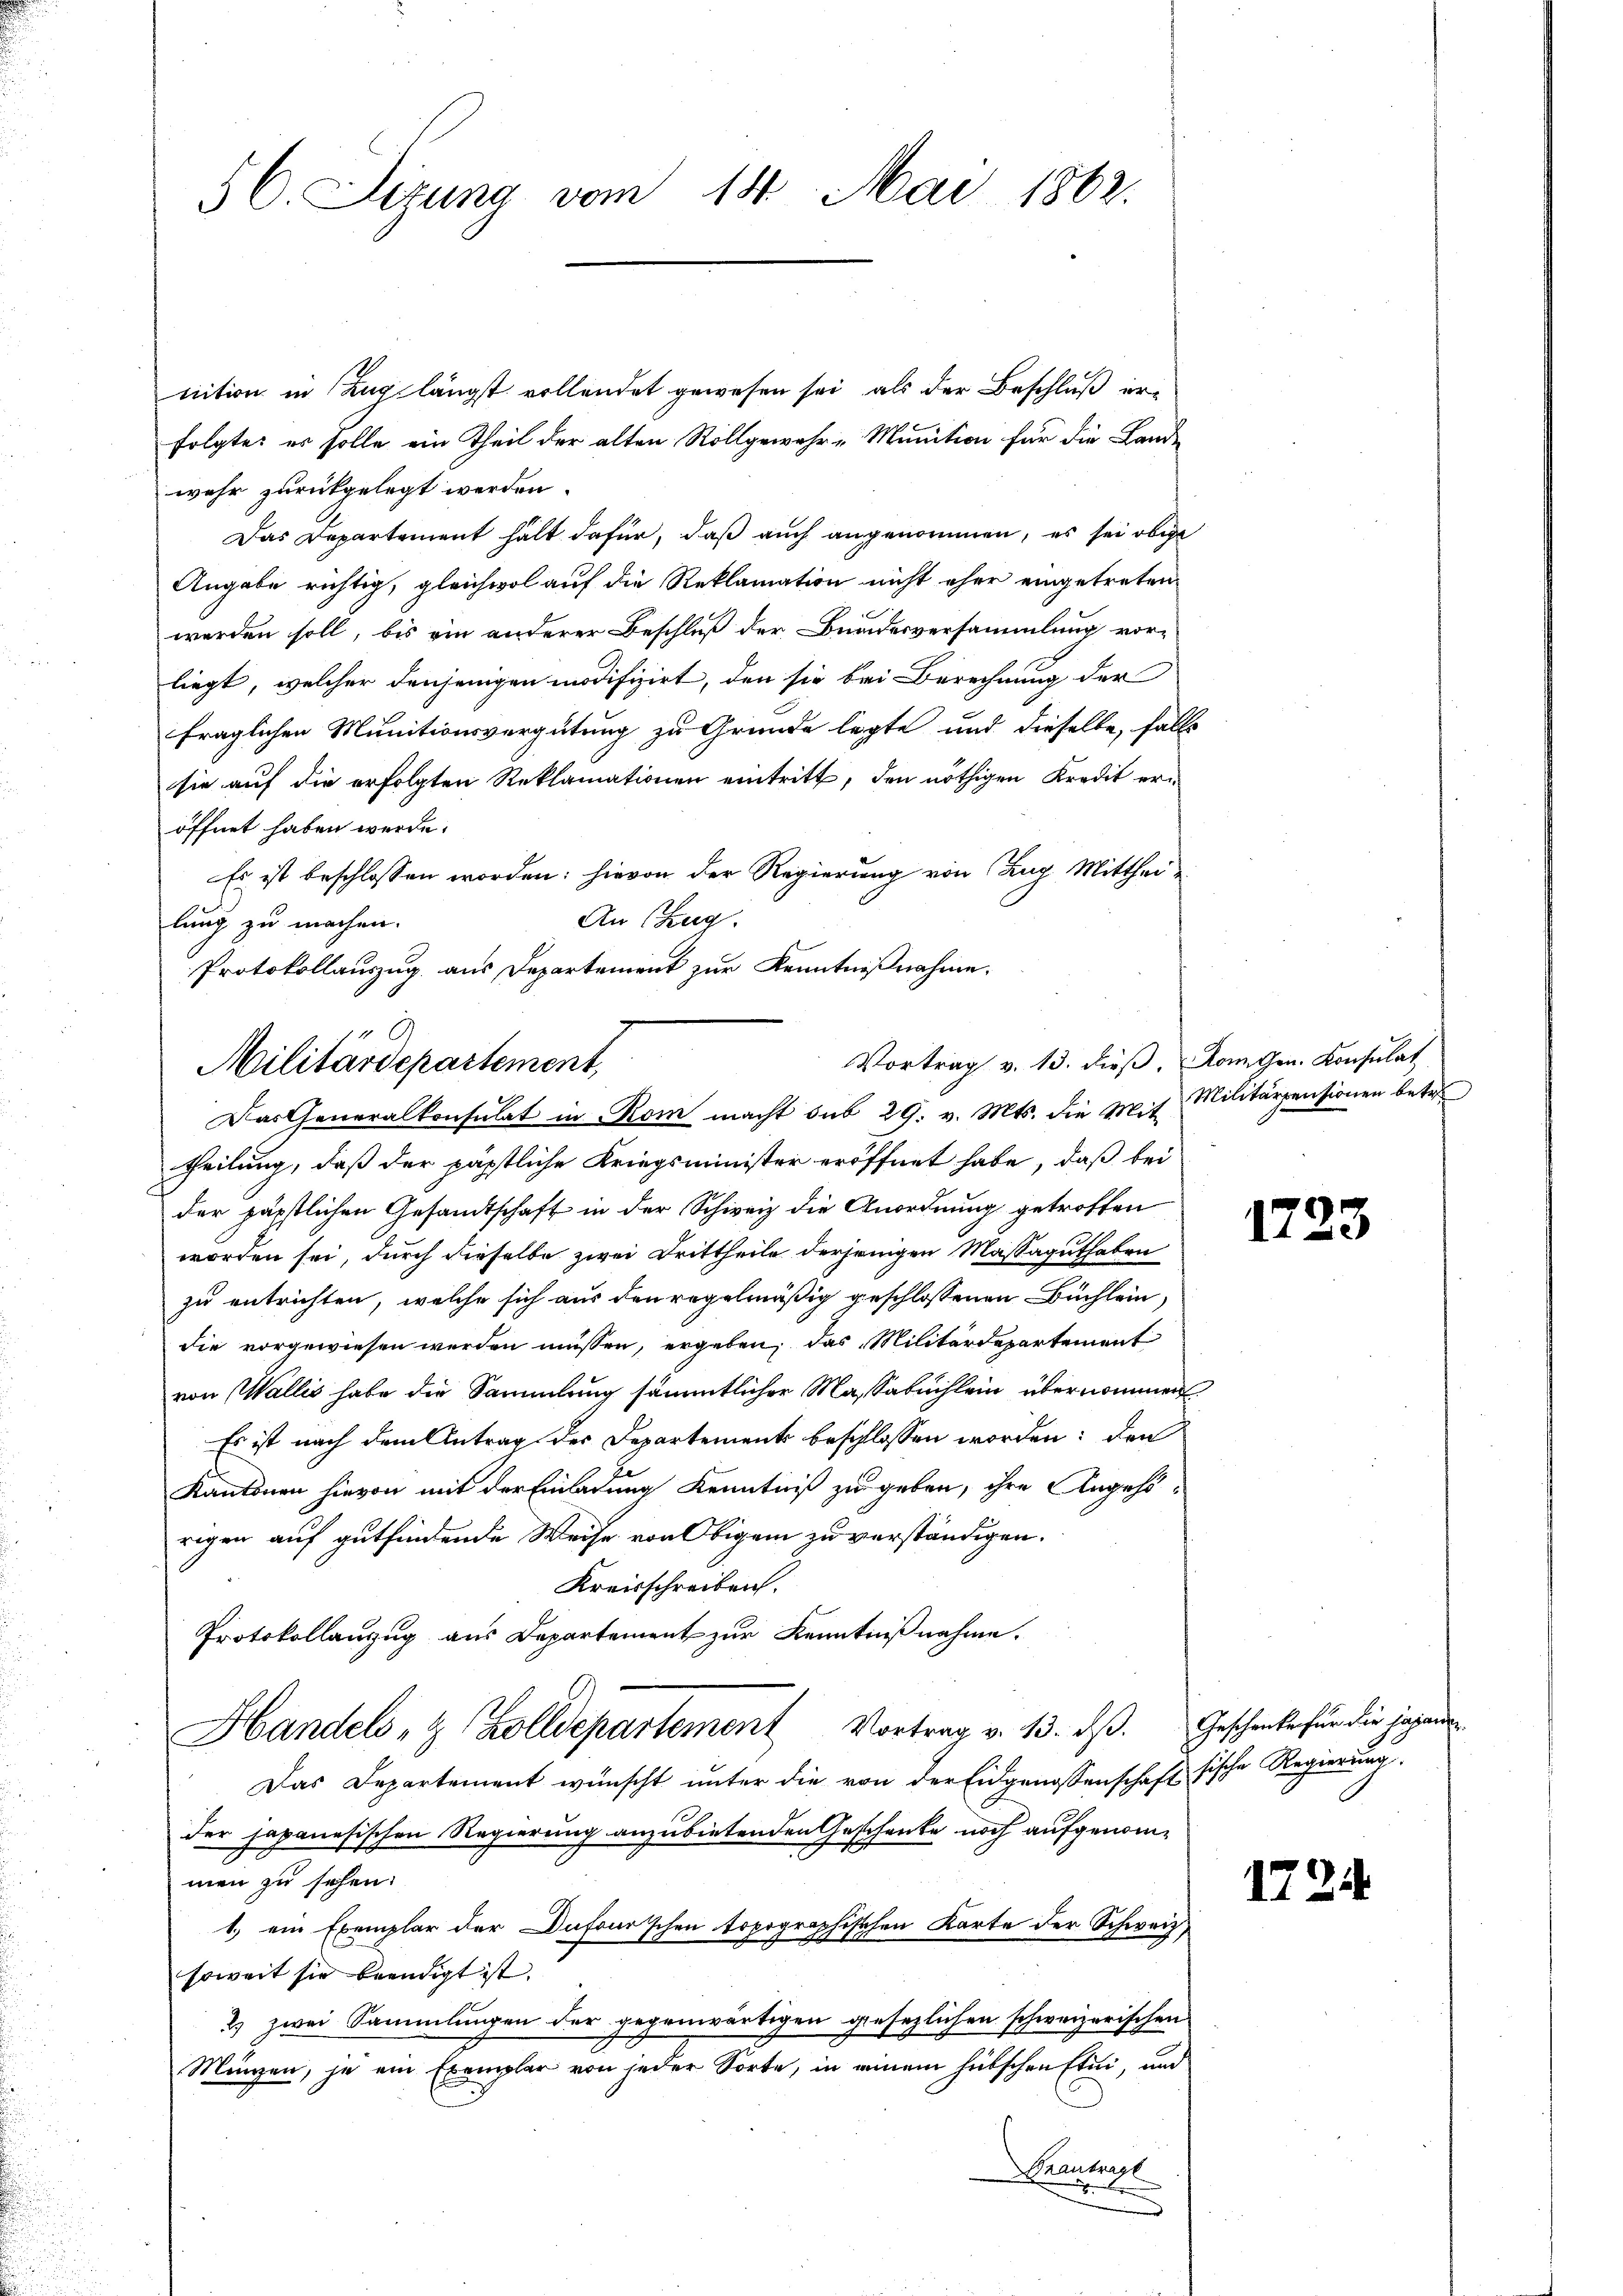
56. Sizung vom 14. Mai 1862.

nition in Zug längst vollendet gewesen sei, als der Beschluß erfolgte es solle ein Theil der alten Rollgewahr - Munition für die Lande
wehr zurückgelegt werden.
Das Departement hält dafür, daß auch angenommen, es sei obige
Angabe richtig, gleichwol auf die Reklamation nicht eher eingetreten
werden soll, bis ein anderer Beschluß der Bundesversammlung vor-
liegt, welcher denjenigen modifizirt, den sie bei Berechnung der
fraglichen Munitionsvergütung zu Grunde legte und dieselbe, falls
sie auf die erfolgten Reklamationen eintritt, den nöthigen Kredit eröffnet haben werde.
Es ist beschlossen worden: hievon der Regierung von Zug Mitthei¬
An Czug.
lung zu machen.
Protokollauszug aus Departement zur Kenntnißnahme.
Das Generalkonsulat in Rom macht sub 29. v. Mts. die Mit Militärpensionen betr
theilung, daß der päpstliche Kriegsminister eröffnet habe, daß bei
der päpstlichen Gesandtschaft in der Schweiz die Anordnung getroffen
worden sei, durch dieselbe zwei Drittheile derjenigen Massaguthaben
zu entrichten, welche sich aus den regelmäßig geschlossenen Büchlein,
die vorgewiesen werden müssen, ergeben, das Militärdepartement
von Wallis habe die Sammlung sämmtlicher Massabuchlein übernommen.
Es ist nach dem Antrag des Departement beschlossen worden; den
Kantonen hievon mit der Einladung Kenntniß zu geben, ihre Angehö-
rigen auf gutfindende Weise von Obigem zu verständigen.
Kreisschreiben.
Protokollanzug aus Departement zur Kenntnißnahme.
Handels- & Zolldepartement Vortrag v. 13. ds. Geschenke für die Johann
Das Departement wünscht unter die von der Eidgenossenschaft sische Regierung
der japanesischen Regierung anzubietenden Geschenke noch aufgenomd
men zu sehen.
1.) ein Exemplar der Dufourschen topographischen Karte der Schweiz
soweit sie beendigt ist.
2) zwei Sammlungen der gegenwärtigen gesezlichen schweizerischen
e
Münzen, je ein Exemplar von jeder Sorte, in einem hübschen Etui, und
Beantragt
B

Vortrag v. 13. dieß, Dom. Gen. Konsulat
Militärdepartement,

1723

1724